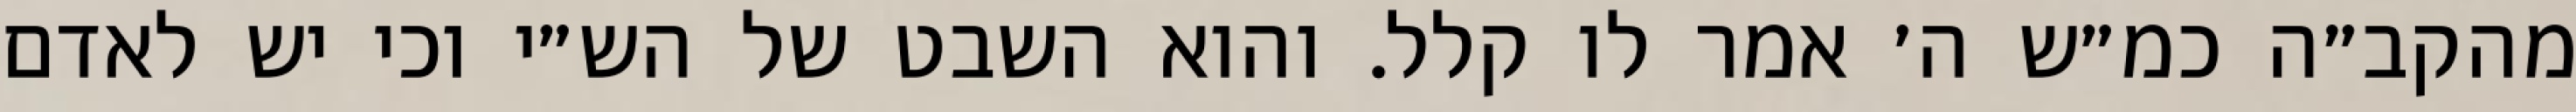
מהקב״ה כמ״ש ה׳ אמר לו קלל. והוא השבט של הש״י וכי יש לאדם